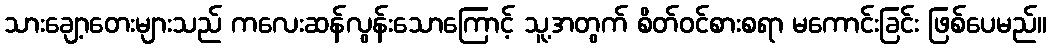
သားချော့တေးများသည် ကလေးဆန်လွန်းသောကြောင့် သူ့အတွက် စိတ်ဝင်စားစရာ မကောင်းခြင်း ဖြစ်ပေမည်။